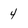
Character: 4